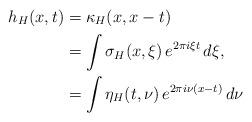
LaTeX: \begin{align*}h_H(x,t) &= \kappa_H(x,x-t) \\ &= \int \sigma_H (x,\xi)\, e^{2\pi i \xi t}\, d\xi, \\ &= \int \eta_H(t,\nu)\, e^{2\pi i \nu (x-t)}\, d\nu \end{align*}